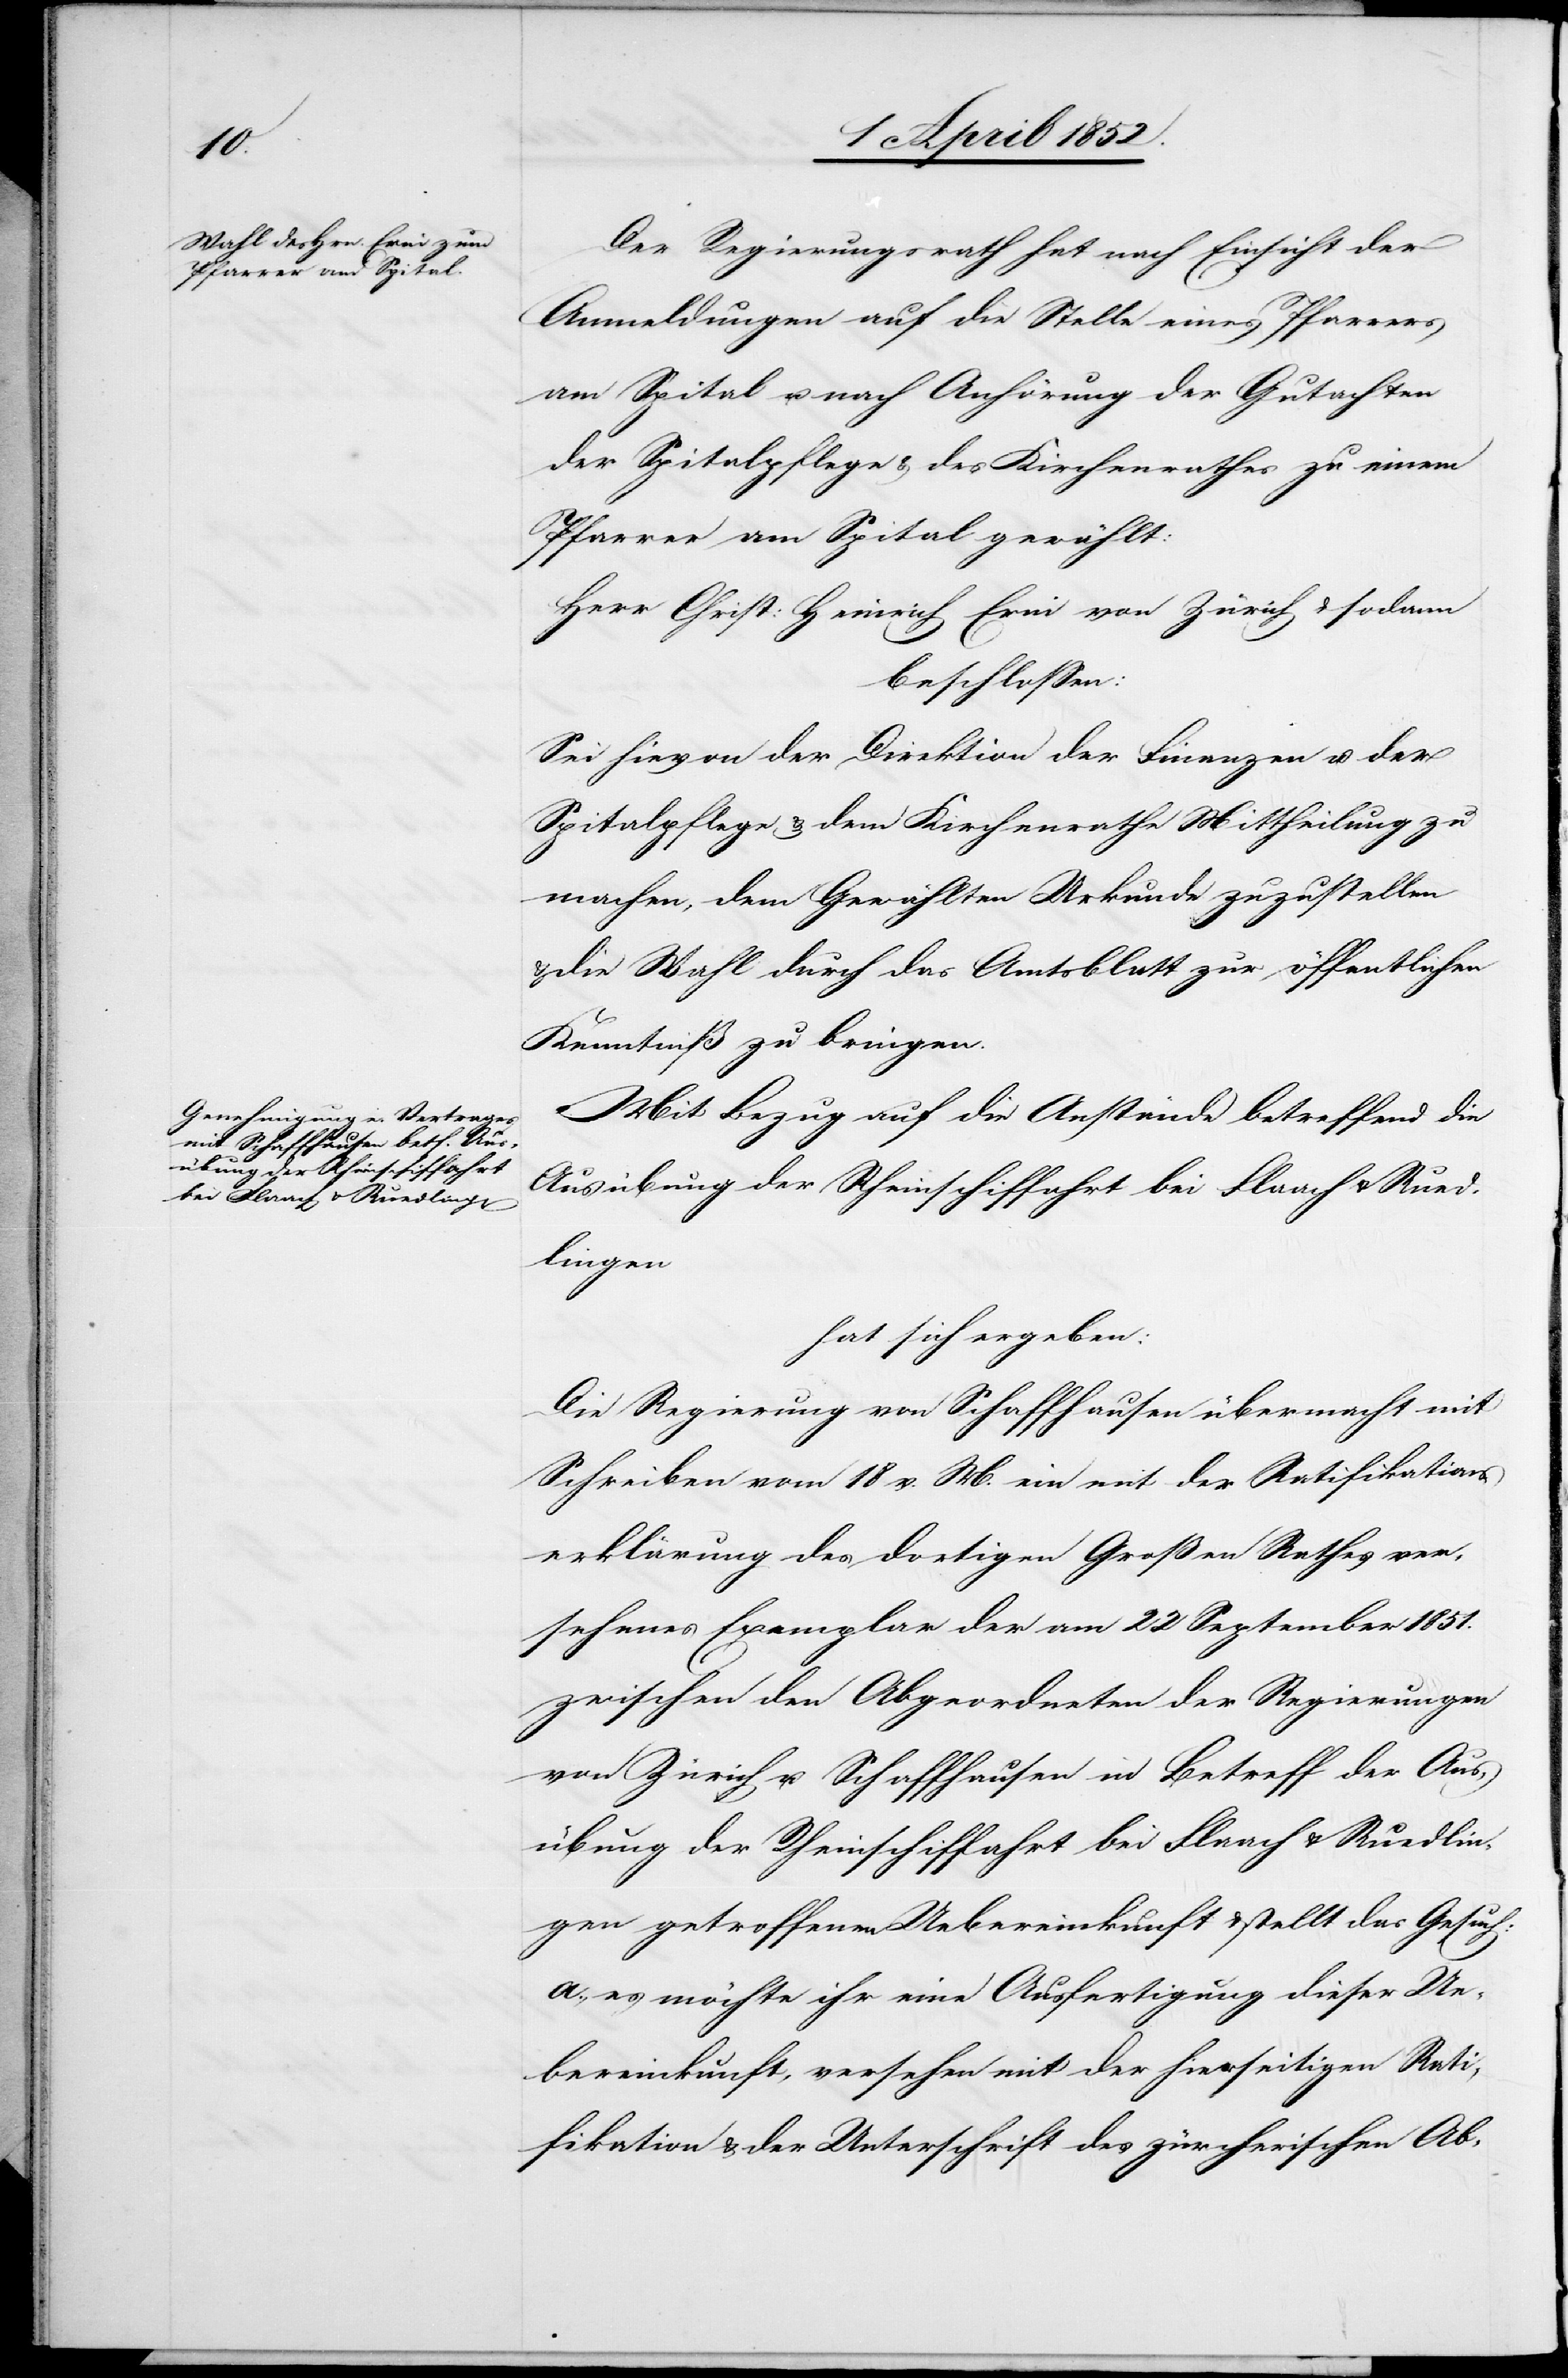
Der Regierungsrath hat nach Einsicht der
Anmeldungen auf die Stelle eines Pfarrers
am Spital u. nach Anhörung der Gutachten
der Spitalpflege & des Kirchenrathes zu einem
Pfarrer am Spital gewählt:
Herr Christ: Heinrich Erni von Zürich & sodann
beschlossen:
Sei hievon der Direktion der Finanzen u. der
Spitalpflege & dem Kirchenrathe Mittheilung zu
machen, dem Gewählten Urkunde zuzustellen
& die Wahl durch das Amtsblatt zur öffentlichen
Kenntniß zu bringen.
Mit Bezug auf die Anstände betreffend die
Ausübung der Rheinschiffahrt bei Flaach & Rued¬
lingen
hat sich ergeben:
Die Regierung von Schaffhausen übermacht mit
Schreiben vom 18 v. M. ein mit der Ratifikations¬
erklärung des dortigen Großen Rathes ver¬
sehenes Exemplar der am 22 September 1851.
zwischen den Abgeordneten der Regierungen
von Zürich u. Schaffhausen in Betreff der Aus¬
übung der Rheinschiffahrt bei Flaach & Ruedlin¬
gen getroffenen Uebereinkunft & stellt das Gesuch:
a., es möchte ihr eine Ausfertigung dieser Ue¬
bereinkunft, versehen mit der hierseitigen Rati¬
fikation & der Unterschrift des zürcherischen Ab-